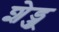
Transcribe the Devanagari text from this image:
शेड्जू